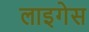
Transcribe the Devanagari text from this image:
लाइगेस